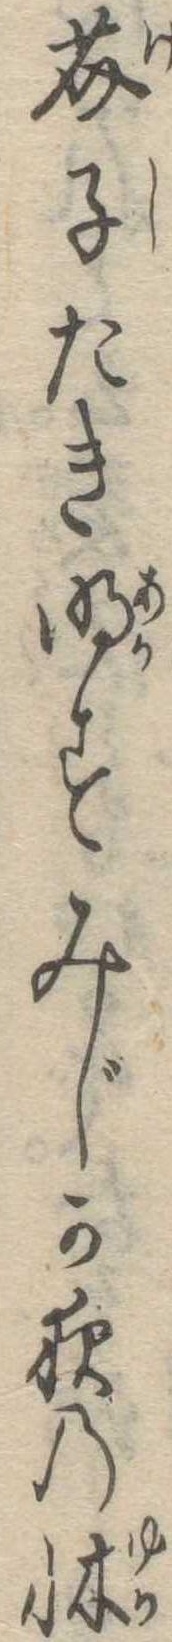
芥子たき明すみじか夜の牀